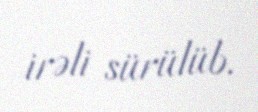
irəli sürülüb.